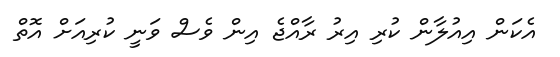
އެކަން އިއުލާން ކުރި އިރު ރާއްޖެ އިން ވެސް ވަނީ ކުރިއަށް އޮތް